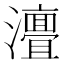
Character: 𭳧